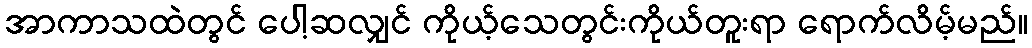
အာကာသထဲတွင် ပေါ့ဆလျှင် ကိုယ့်သေတွင်းကိုယ်တူးရာ ရောက်လိမ့်မည်။